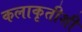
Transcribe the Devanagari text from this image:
कलाकृतीशी